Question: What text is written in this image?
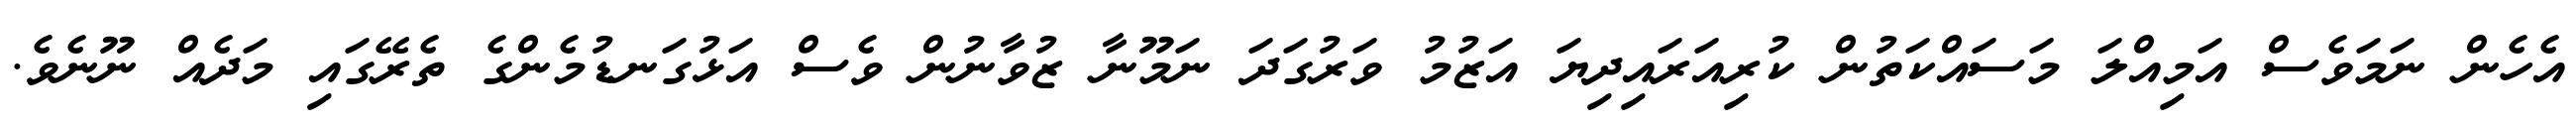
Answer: އެހެން ނަމަވެސް އަމިއްލަ މަސައްކަތުން ކުރިއަރައިދިޔަ އަޒުމު ވަރުގަދަ ނަމޫނާ ޒުވާނުން ވެސް އަޅުގަނޑުމެންގެ ތެރޭގައި މަދެއް ނޫނެވެ.